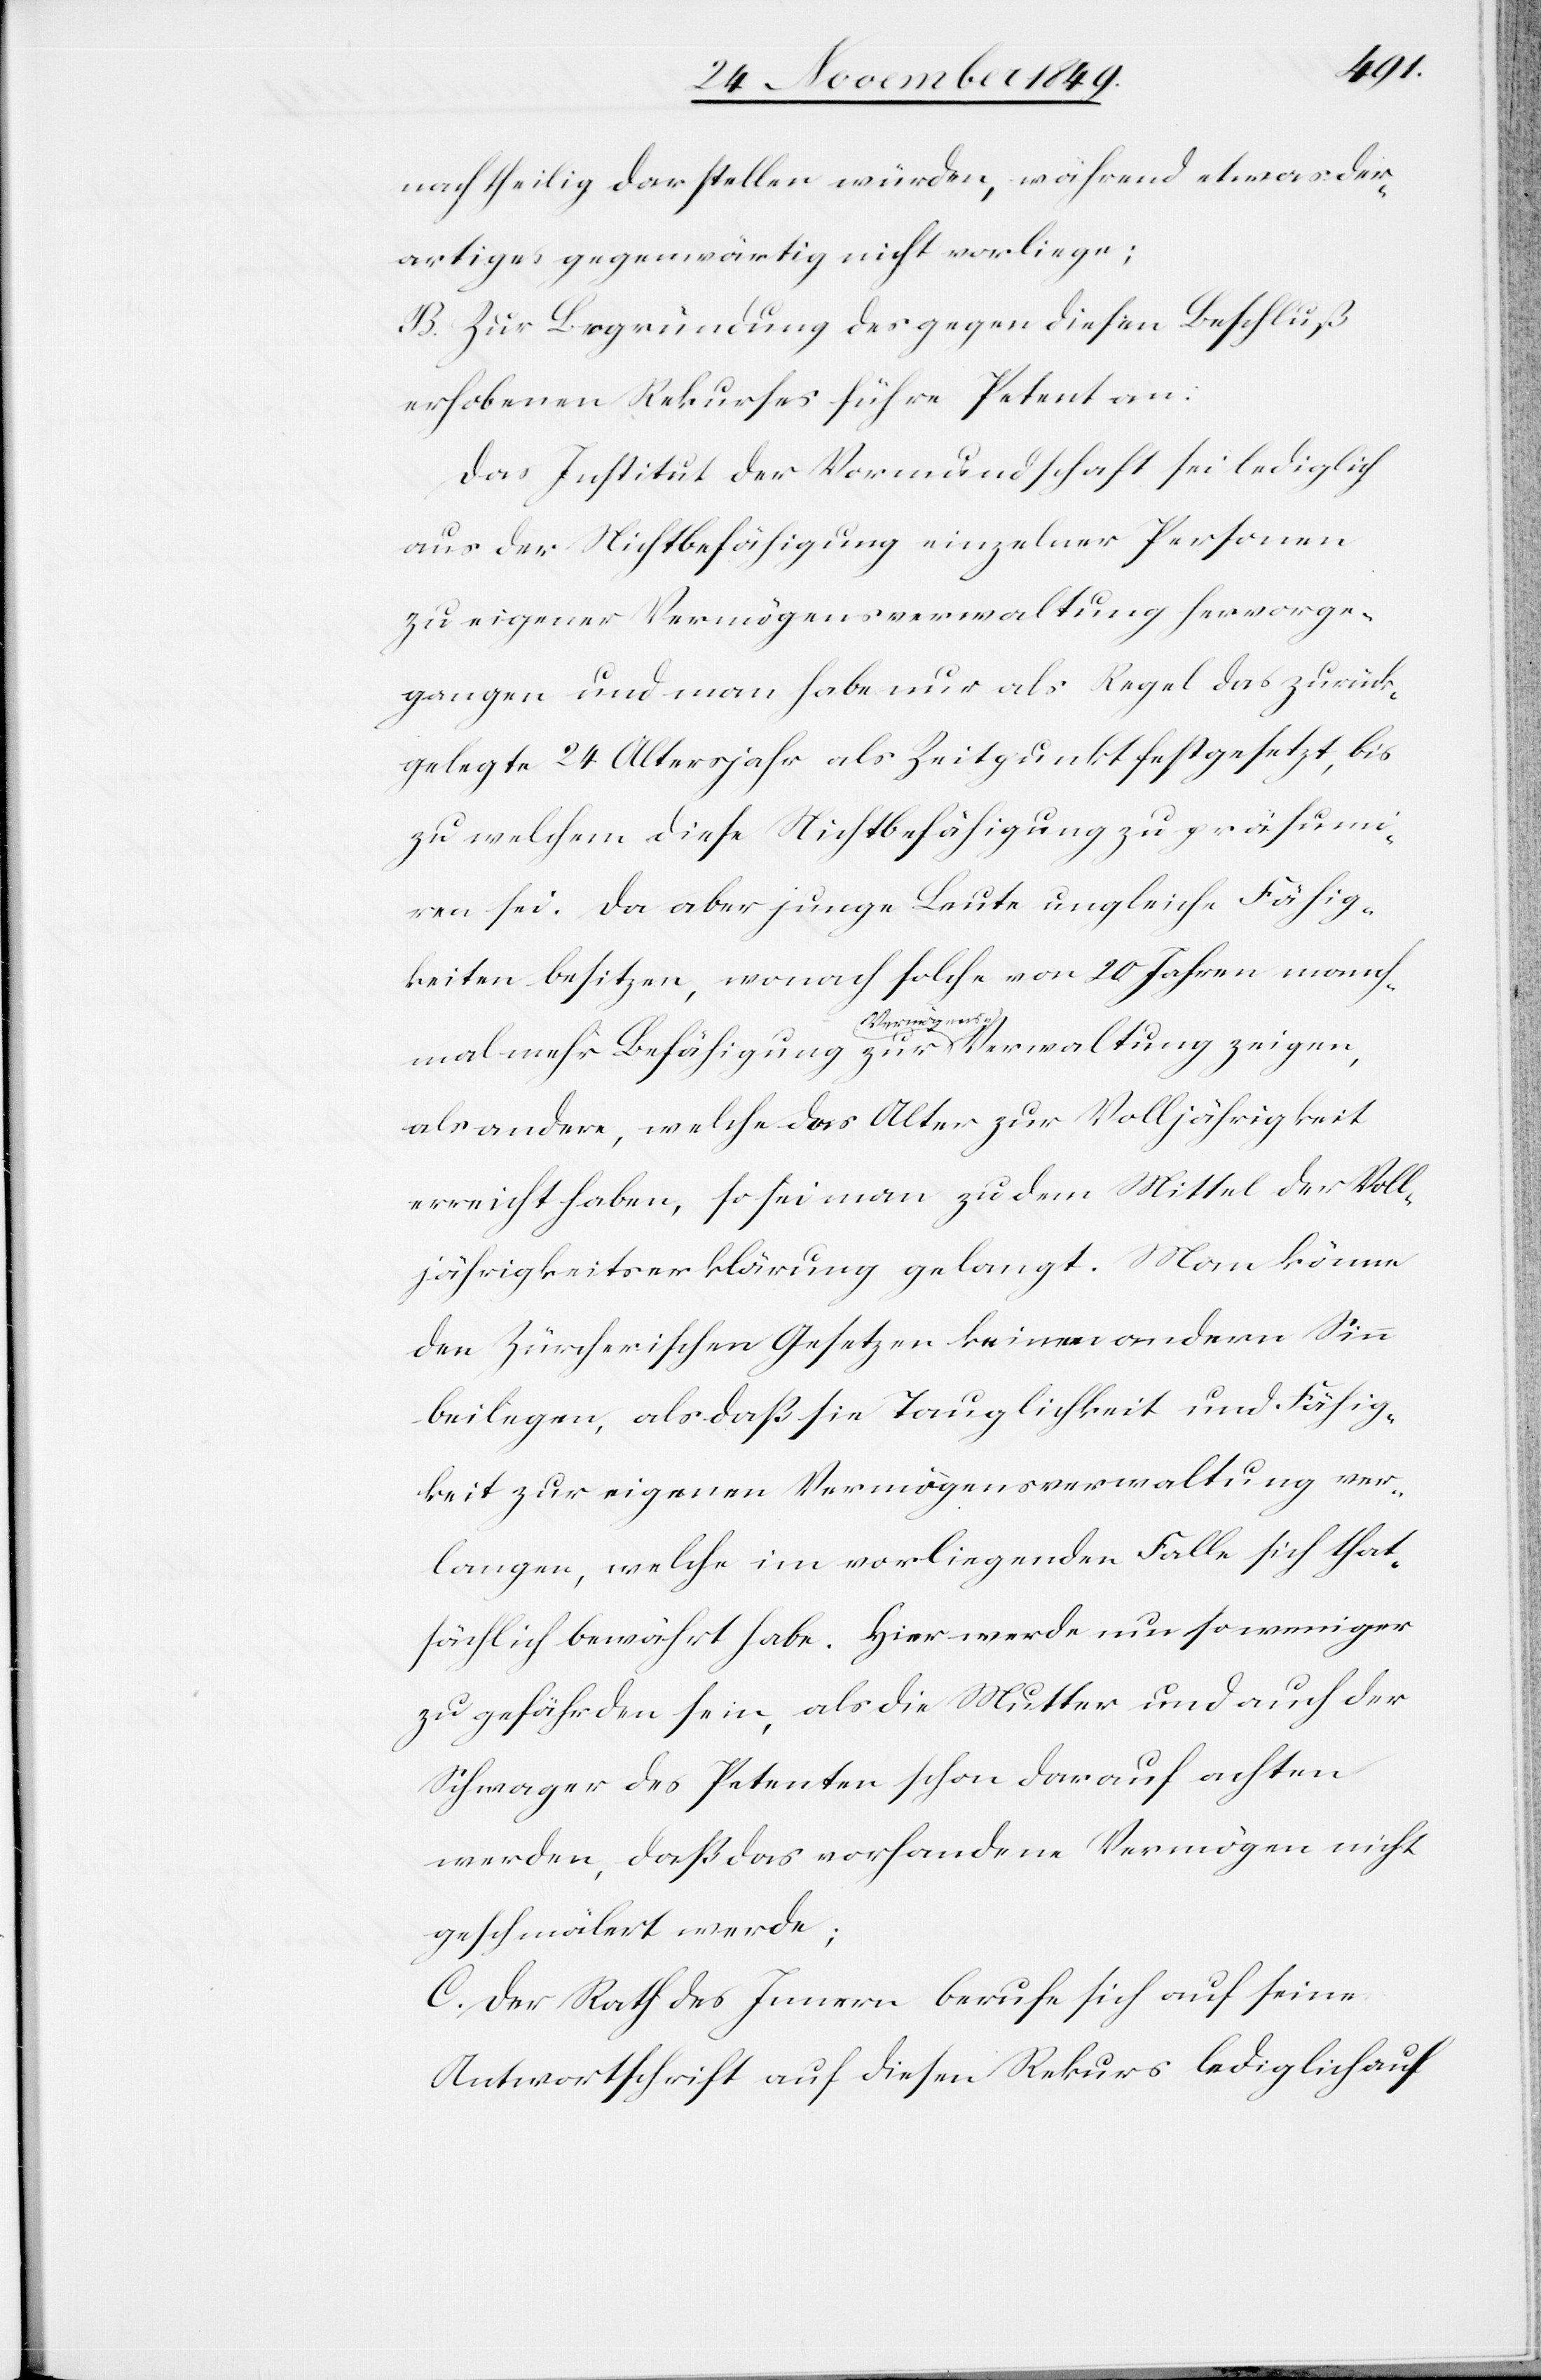
nachtheilig darstellen würden, während etwas der¬
artiges gegenwärtig nicht vorliege:
B. Zur Begründung des gegen diesen Beschluß
erhobenen Rekurses führe Petent an:
Das Institut der Vormundschaft sei lediglich
aus der Nichtbefähigung einzelner Personen
zu eigener Vermögensverwaltung hervorge¬
gangen und man habe nur als Regel das zurück¬
gelegte 24 Altersjahr als Zeitpunkt festgesetzt, bis
zu welchem diese Nichtbefähigung zu präsum¬
iren sei. Da aber junge Leute ungleiche Fähig¬
keiten besitzen, wonach solche von 20 Jahren manch¬
mal mehr Befähigung zur Vermögens-Verwaltung zeigen,
als andere, welche das Alter zur Volljährigkeit
erreicht haben, so sei man zu dem Mittel der Voll¬
jährigkeitserklärung gelangt. Man könne
den Zürcherischen Gesetzen keinen andern Sinn
beilegen, als daß sie Tauglichkeit und Fähig¬
keit zur eigenen Vermögensverwaltung ver¬
langen, welche im vorliegenden Falle sich that¬
sächlich bewährt habe. Hier werde um so weniger
zu gefährden sein, als die Mutter und auch der
Schwager des Petenten schon darauf achten
werden, daß das vorhandene Vermögen nicht
geschmälert werde;
C. Der Rath des Innern berufe sich auf seine
Antwortschrift auf diesen Rekurs lediglich auf